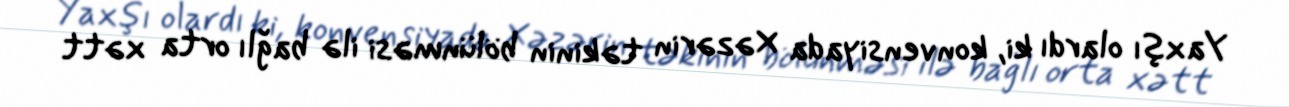
Yaxşı olardı ki, konvensiyada Xəzərin təkinin bölünməsi ilə bağlı orta xətt